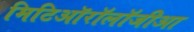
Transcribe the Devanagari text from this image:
मिटिऑरॉलॉजीआ